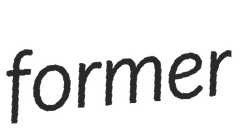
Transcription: former